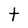
Character: t